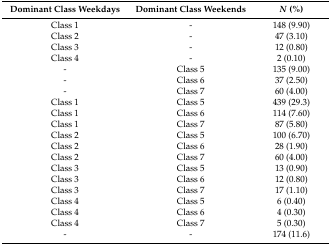
| Dominant Class Weekdays | Dominant Class Weekends | N (%) |
 | --- | --- | --- |
 | Class 1 | - | 148 (9.90) |
 | Class 2 | - | 47 (3.10) |
 | Class 3 | - | 12 (0.80) |
 | Class 4 | - | 2 (0.10) |
 | - | Class 5 | 135 (9.00) |
 | - | Class 6 | 37 (2.50) |
 | - | Class 7 | 60 (4.00) |
 | Class 1 | Class 5 | 439 (29.3) |
 | Class 1 | Class 6 | 114 (7.60) |
 | Class 1 | Class 7 | 87 (5.80) |
 | Class 2 | Class 5 | 100 (6.70) |
 | Class 2 | Class 6 | 28 (1.90) |
 | Class 2 | Class 7 | 60 (4.00) |
 | Class 3 | Class 5 | 13 (0.90) |
 | Class 3 | Class 6 | 12 (0.80) |
 | Class 3 | Class 7 | 17 (1.10) |
 | Class 4 | Class 5 | 6 (0.40) |
 | Class 4 | Class 6 | 4 (0.30) |
 | Class 4 | Class 7 | 5 (0.30) |
 | - | - | 174 (11.6) |